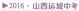
2016 · 山西运城中考